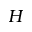
{ H }